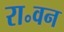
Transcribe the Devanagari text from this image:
रा॰वन